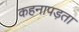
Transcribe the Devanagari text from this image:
कहनापड़ता